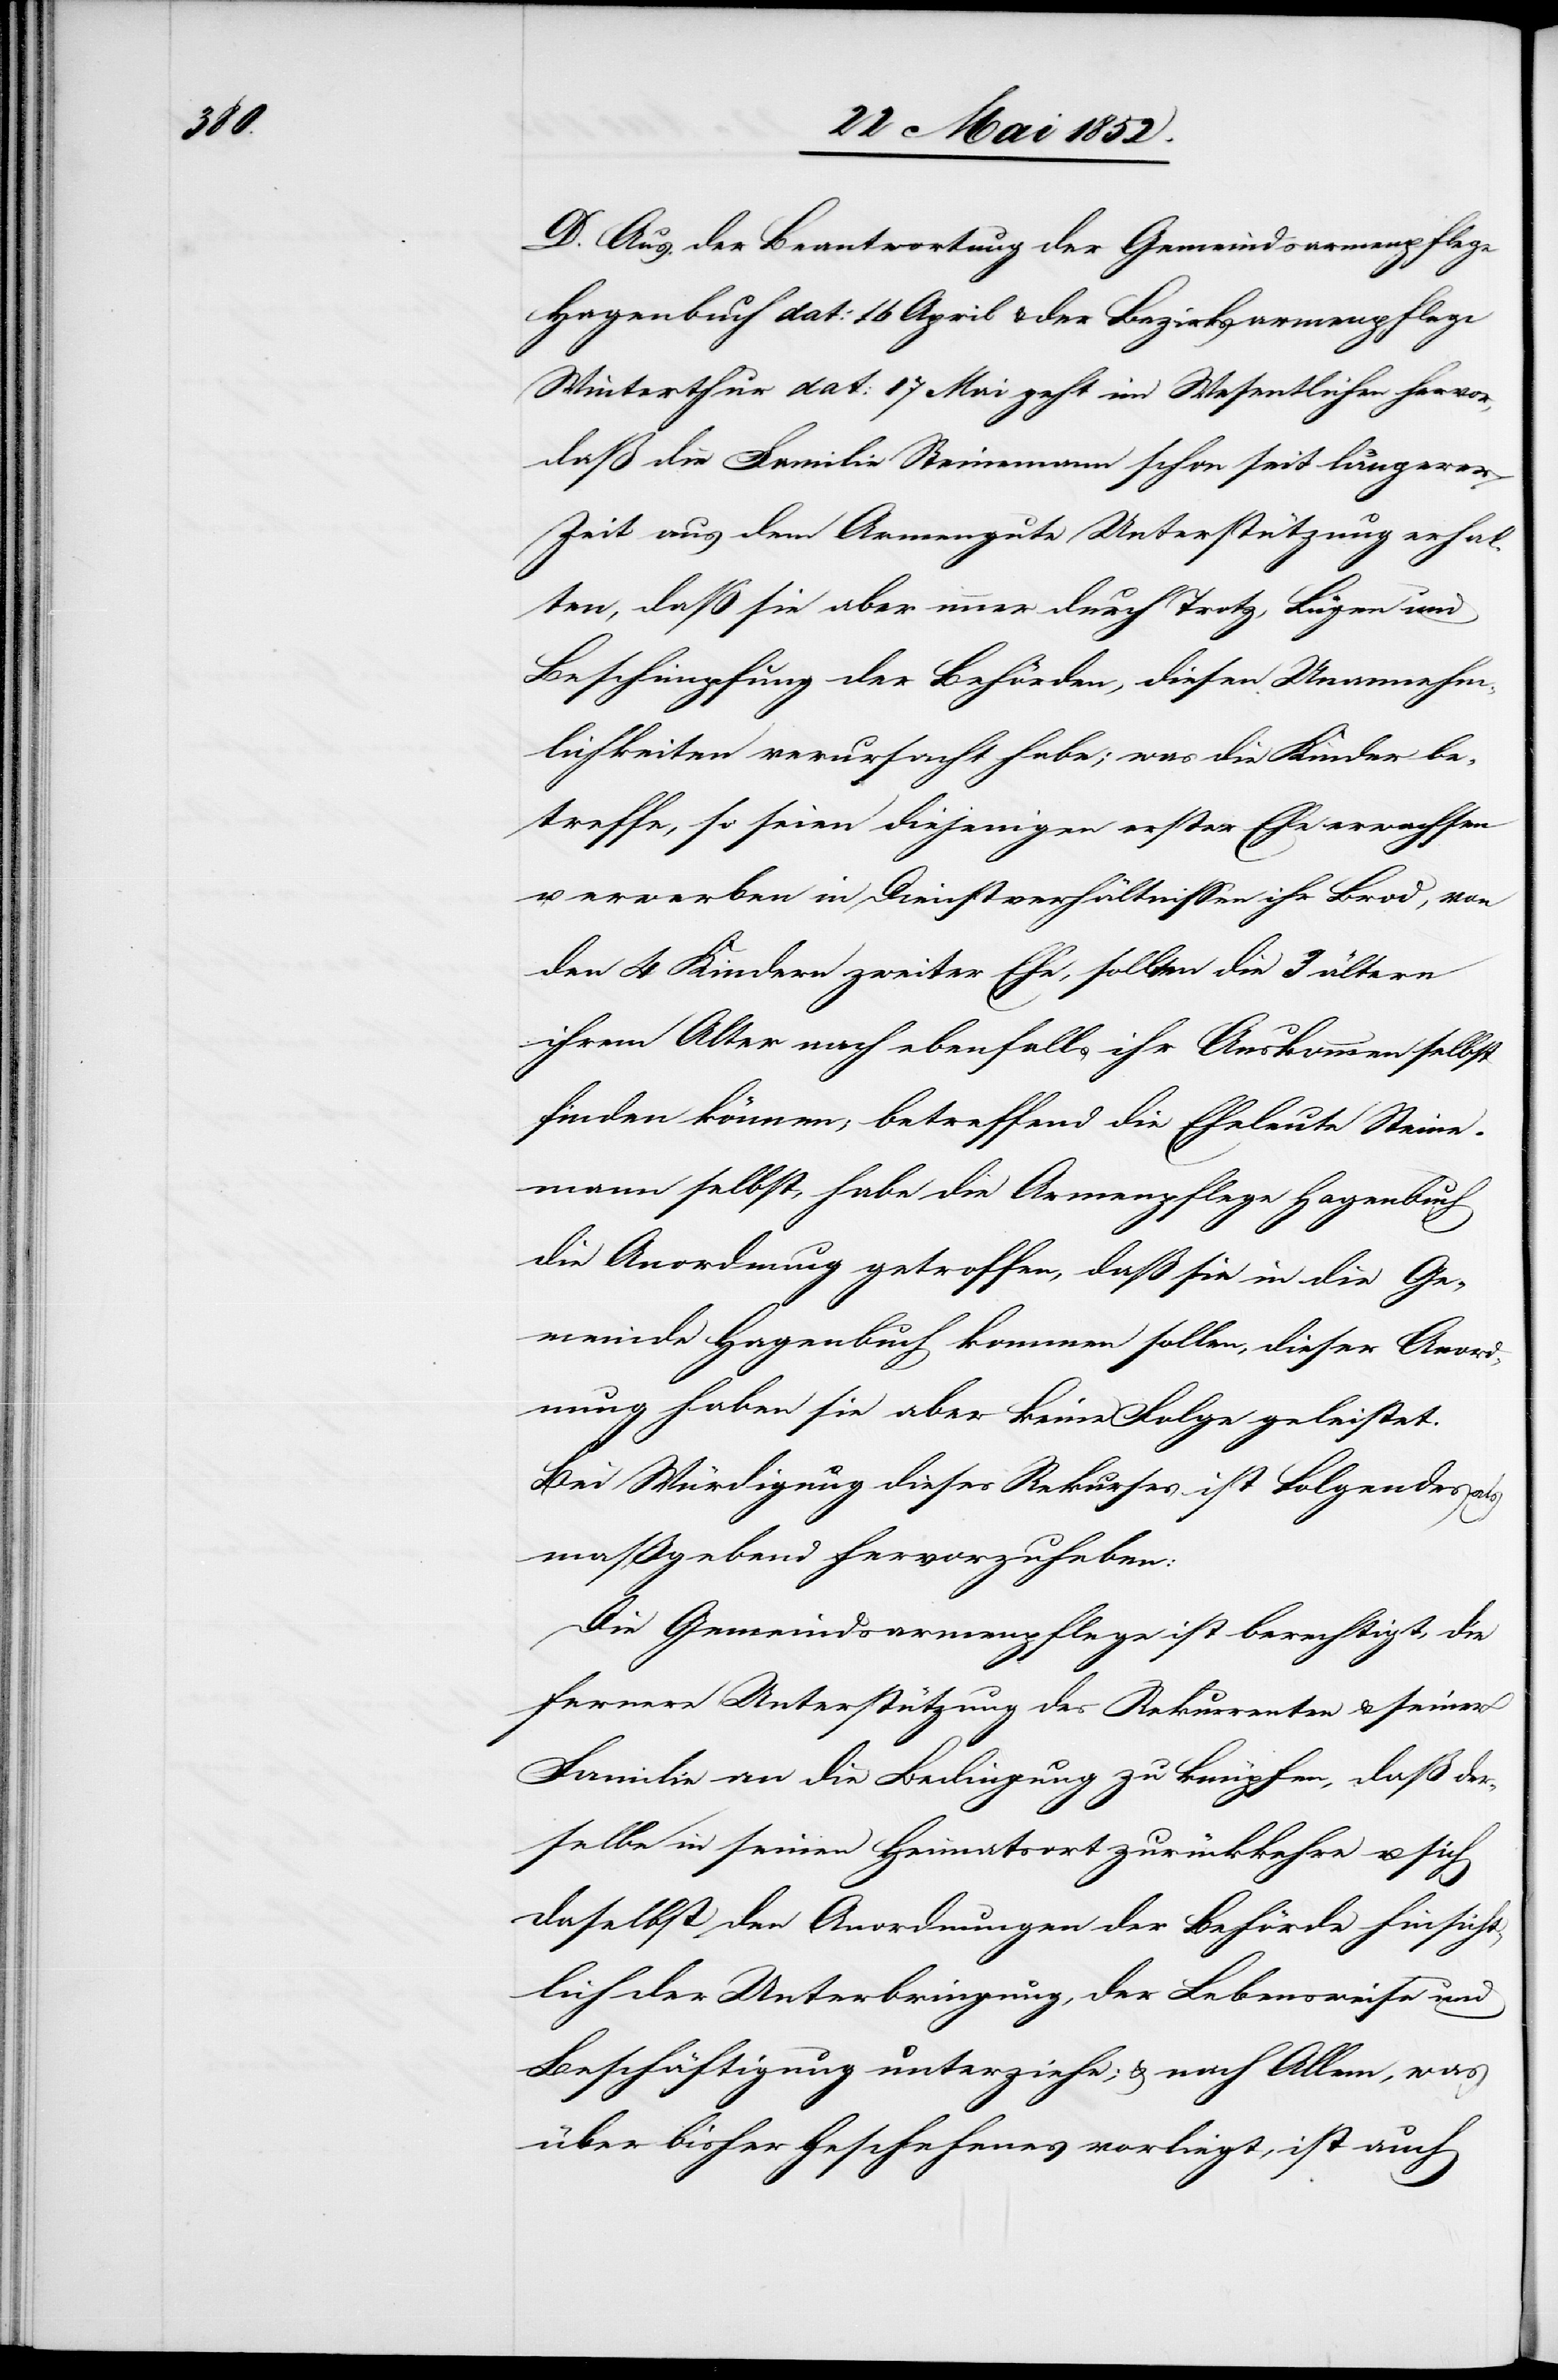
D. Aus der Beantwortung der Gemeindsarmenpflege
Hagenbuch dat: 16 April & der Bezirksarmenpflege
Winterthur dat: 17 Mai geht im Wesentlichen hervor,
daß die Familie Steinemann schon seit längerer
Zeit aus dem Armengute Unterstützung erhal¬
ten, daß sie aber immer durch Trotz, Lügen und
Beschimpfung der Behörden, diesen Unannehm¬
lichkeiten verursacht habe; was die Kinder be¬
treffe, so seien diejenigen erster Ehe erwachsen
erwerben in Dienstverhältnissen ihr Brod, von
den 4 Kindern zweiter Ehe, sollten die 3 ältern
ihrem Alter nach ebenfalls ihr Auskommen selbst
finden können; betreffend die Eheleute Steine¬
mann selbst, habe die Armenpflege Hagenbuch
die Anordnung getroffen, daß sie in die Ge¬
meinde Hagenbuch kommen sollen, dieser Anord¬
nung haben sie aber keine Folge geleistet.
Bei Würdigung dieses Rekurses ist Folgendes als
massgebend hervorzuheben:
Die Gemeindsarmenpflege ist berechtigt, die
fernere Unterstützung des Rekurrenten & seiner
Familie an die Bedingung zu knüpfen, daß der¬
selbe in seinen Heimatsort zurückkehre u. sich
daselbst den Anordnungen der Behörde hinsicht¬
lich der Unterbringung, der Lebensweise und
Beschäftigung unterziehe; & nach Allem, was
über bisher Geschehenes vorliegt, ist auch